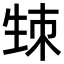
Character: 𤯡